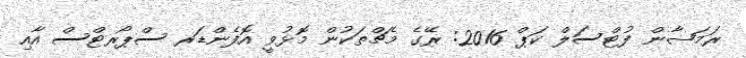
ރަމަޟާން ފުޓްސަލް ކަޕް 2016: ރޭގެ މެޗްތަކުން މޮޅުވީ އޮފެންޑަރ ސްޕޯރޓްސް އާއި